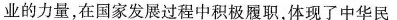
业的力量，在国家发展过程中积极履职，体现了中华民